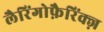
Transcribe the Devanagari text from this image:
लैरिंगोफ़ैरिंक्ज़